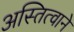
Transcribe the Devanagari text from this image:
अस्तित्वाने